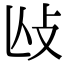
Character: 𢻲